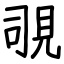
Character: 覗